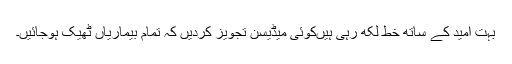
بہت امید کے ساتھ خط لکھ رہی ہیںکوئی میڈیسن تجویز کردیں کہ تمام بیماریاں ٹھیک ہوجائیں۔